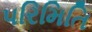
પરિમિતિ